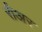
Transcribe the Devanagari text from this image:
रीअर